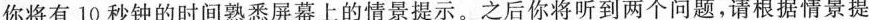
你将有10秒钟的时间熟悉屏幕上的情景提示。之后你将听到两个问题，请根据情景提